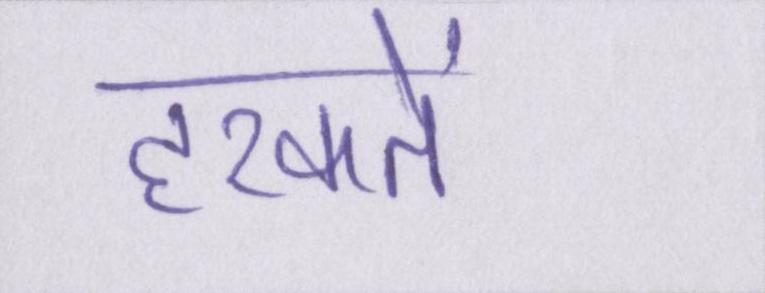
हरकतें